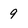
Character: 9